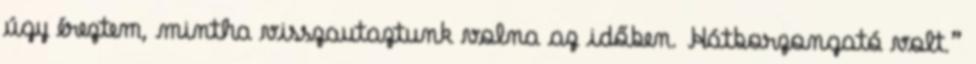
úgy éreztem, mintha visszautaztunk volna az időben. Hátborzongató volt.”